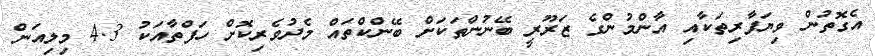
އެގޮތުން ވިޔަފާރިތަކާއި އާންމުންގެ ޒަރޫރީ ބޭނުންތަކަށް ބޭންކްތައް މެދުވެރިކޮށް ހަފްތާއަކު 4.3 މިލިއަން